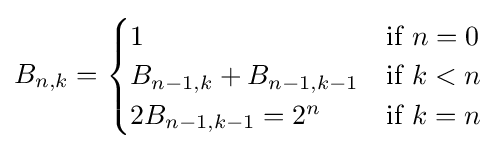
B_{n,k}={\begin{cases}1&{\mbox{if  }}n=0\\B_{n-1,k}+B_{n-1,k-1}&{\mbox{if  }}k<n\\2B_{n-1,k-1}=2^{n}&{\mbox{if  }}k=n\end{cases}}